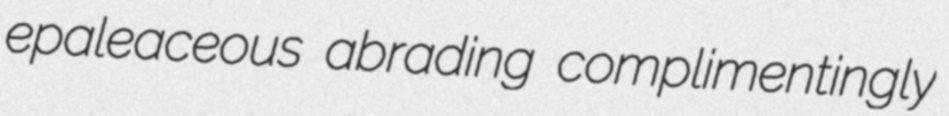
epaleaceous abrading complimentingly